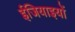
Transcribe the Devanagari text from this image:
ईजियाइयों